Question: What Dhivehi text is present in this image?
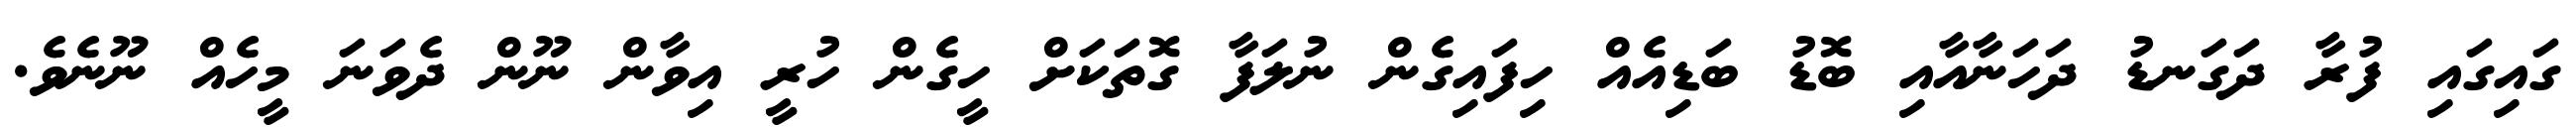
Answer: ގައިގައި ފުރާ ދަގަނޑު ދަހަނާއާއި ބޮޑު ބަޑިއެއް ހިފައިގެން ނުލަފާ ގޮތަކަށް ހީގެން ހުރީ އިވާން ނޫން ދެވަނަ މީހެއް ނޫނެވެ.